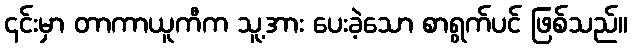
၎င်းမှာ တာကာယူကီက သူ့အား ပေးခဲ့သော စာရွက်ပင် ဖြစ်သည်။